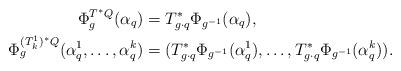
LaTeX: \begin{align*}\Phi^{T^*Q}_g(\alpha_q)&=T^*_{g\cdot q}\Phi_{g^{-1}}(\alpha_q), \\\Phi^{(T^1_k)^*Q}_g(\alpha^1_{q},\dots,\alpha^k_{q})&=(T^*_{g\cdot q}\Phi_{g^{-1}}(\alpha^1_q),\dots,T^*_{g\cdot q}\Phi_{g^{-1}}(\alpha^k_q)).\end{align*}